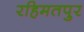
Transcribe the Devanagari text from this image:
रहिमतपुर